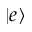
\left| e \right\rangle